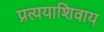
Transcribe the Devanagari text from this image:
प्रत्ययाशिवाय